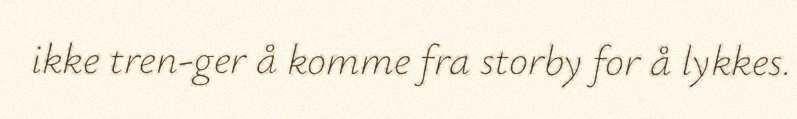
ikke tren-ger å komme fra storby for å lykkes.